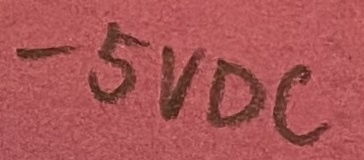
Text: -5VDC